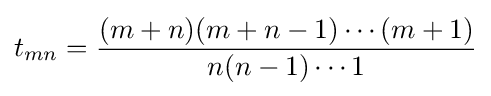
t_{mn}={\frac {(m+n)(m+n-1)\cdots (m+1)}{n(n-1)\cdots 1}}